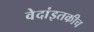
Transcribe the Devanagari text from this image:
वेदांइतकीच